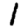
Digit: 1